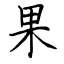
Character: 果